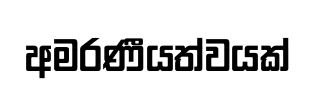
අමරණීයත්වයක්